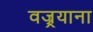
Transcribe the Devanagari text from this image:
वज्र्रयाना